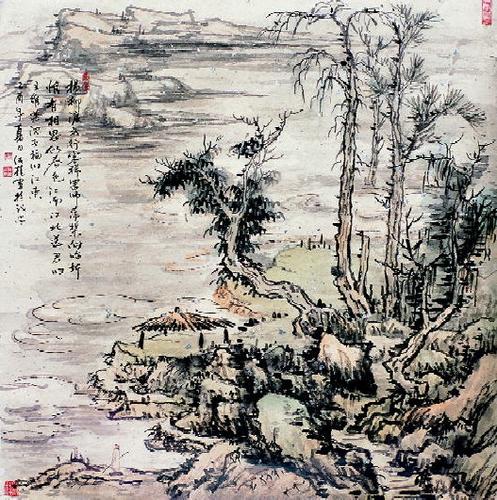
唯有相思似春色，江南江北送君归。